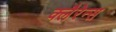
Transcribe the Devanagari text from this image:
क्लैरेन्स